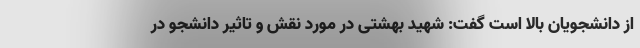
از دانشجویان بالا است گفت: شهید بهشتی در مورد نقش و تاثیر دانشجو در